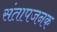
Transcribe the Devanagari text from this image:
संतापजनक